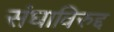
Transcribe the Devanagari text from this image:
संघाविरुद्द